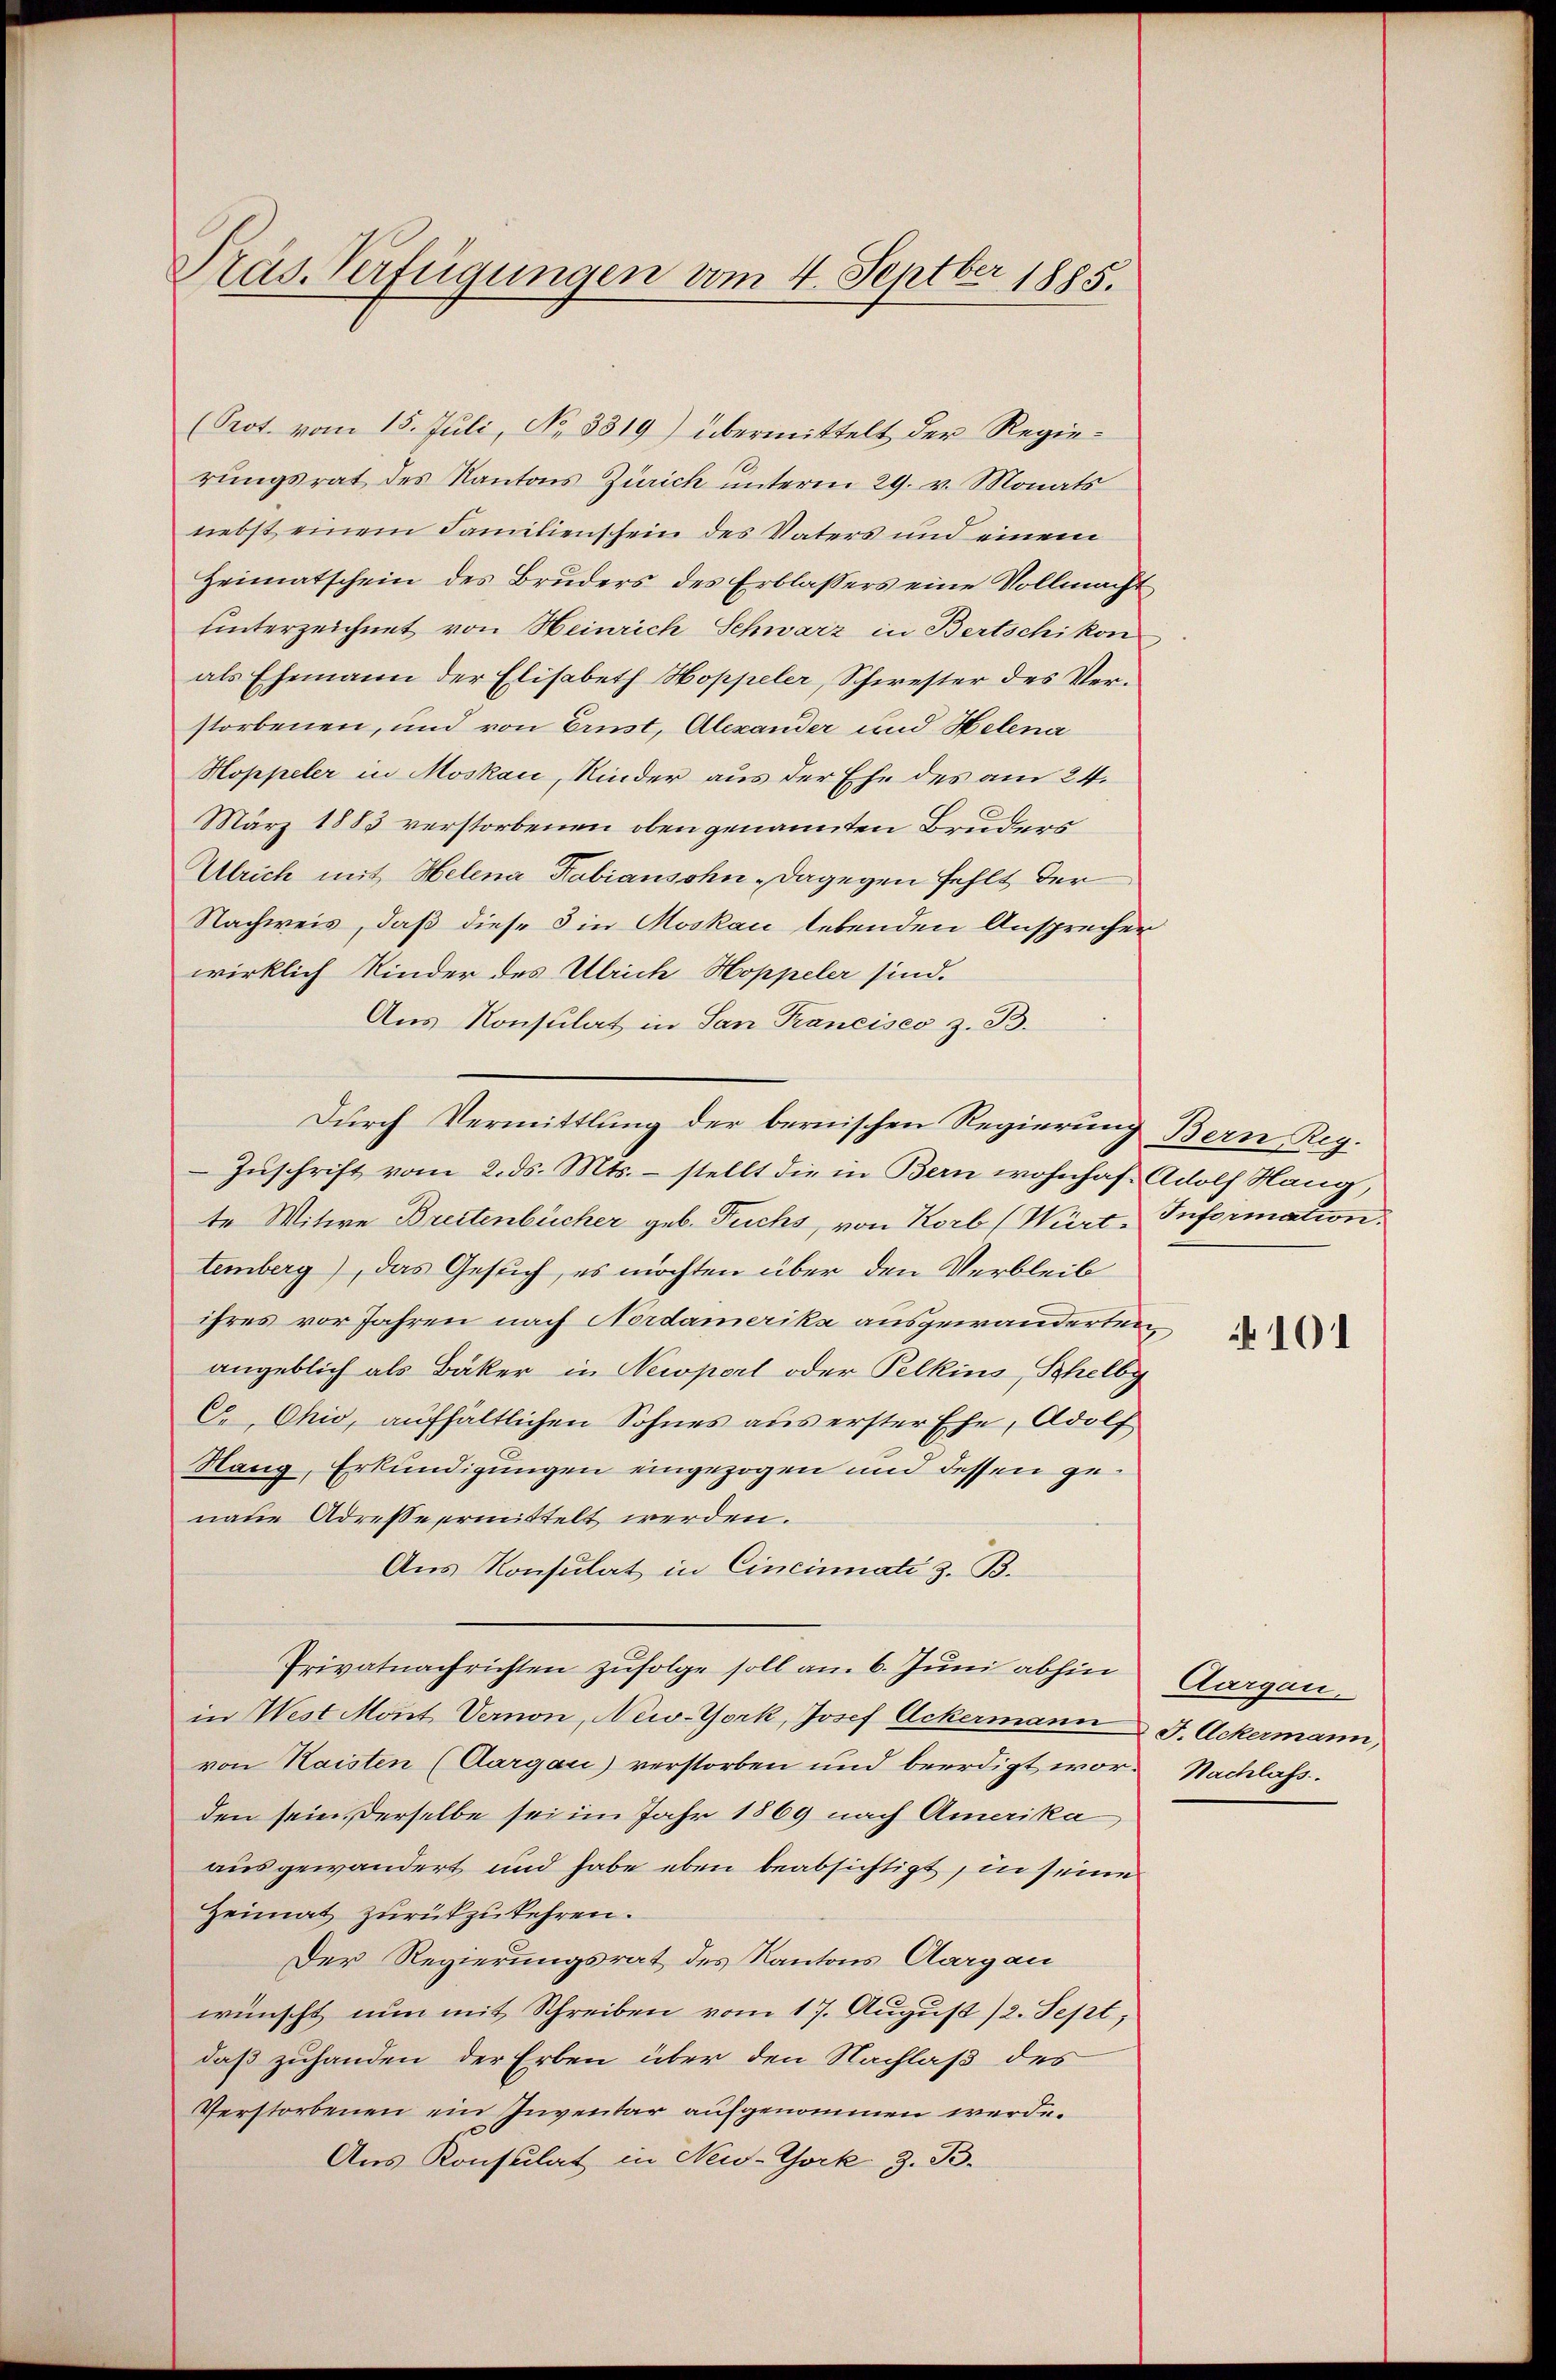
Präs. Verfügungen vom 4. Septber 1885.

(Prot. vom 15. Juli, No. 3319) übermittelt der Regierungsrat des Kantons Zürich unterm 29. v. Monats
nebst einem Familienschein des Vaters und einem
Heimatschein des Brŭders des Erblassers eine Vollmacht
unterzeichnet von Heinrich Schwarz in Bertschikon
als Ehemann der Elisabeth Hoppeler, Schwester des Verstorbenen, und von Ernst, Alexander und Helena
Hoppeler in Moskau, Kinder aus der Ehe des am 24.
März 1883 verstorbenen oben genannten Bruders
Ulrich mit Helena Fabiansohn - Dagegen fehlt der
Nachweis, daß diese 3 in Moskau lebenden Ansprechen
wirklich Kinder des Ulrich Hoppeler sind.
Aus Konsulat in San Francisco z. B.
Durch Vermittlung der bernischen Regierung Bern, Reg.
Zŭschrift vom 2. ds. Mts. – stellt die in Bern wohnhaf. Adolf Hang,
te Witwe Brettenbücher geb. Fuchs von Korb (Wirt-Information.
temberg), das Gesuch, es möchten über den Verbleib
ihres vor Jahren nach Nordamerika ausgewanderten,
angeblich als Bäker in Newport oder Pelkins, Schelby
C Ohio, aufhältlichen Sohnes aus erster Ehe, Adolf
Hang, Erkundigungen eingezogen und dessen genaue Adresse ermittelt werden.
Aus Konsulat in Cincinati z. B.
Privatnachrichten zŭfolge soll am 6. Jŭni abhin Aargau.
in West Mont Vernon, New-York, Josef Ackermann J. Ackermann,
von Haisten (Aargau) verstorben und beerdigt wor- Nachlass.
den sein derselbe sei im Jahr 1869 nach Amerika
ausgewandert und habe eben beabsichtigt, in seine
Heimat zurückzukehren.
Der Regierungsrat des Kantons Aargau
wünscht nun mit Schreiben vom 17. August 12. Sept,
daß zuhanden der Erben über den Nachlaß des
Verstorbenen ein Inventar aufgenommen werde.
Aus Konsulat in New-York z. B.

101